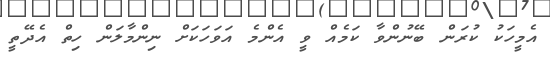
އެމީހަކު ކުރަން ބޭނުންވާ ކަމެއް ވީ އެންމެ އަވަހަކަށް ނިންމާލަން ހިތް އެދޭތީ